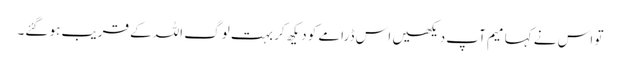
تو اس نے کہا میم آپ دیکھیں اس ڈرامے کو دیکھ کر بہت لوگ اللہ کے قریب ہو گئے۔